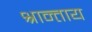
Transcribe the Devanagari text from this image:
श्रान्ताय